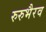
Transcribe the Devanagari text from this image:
रुरुभैरव